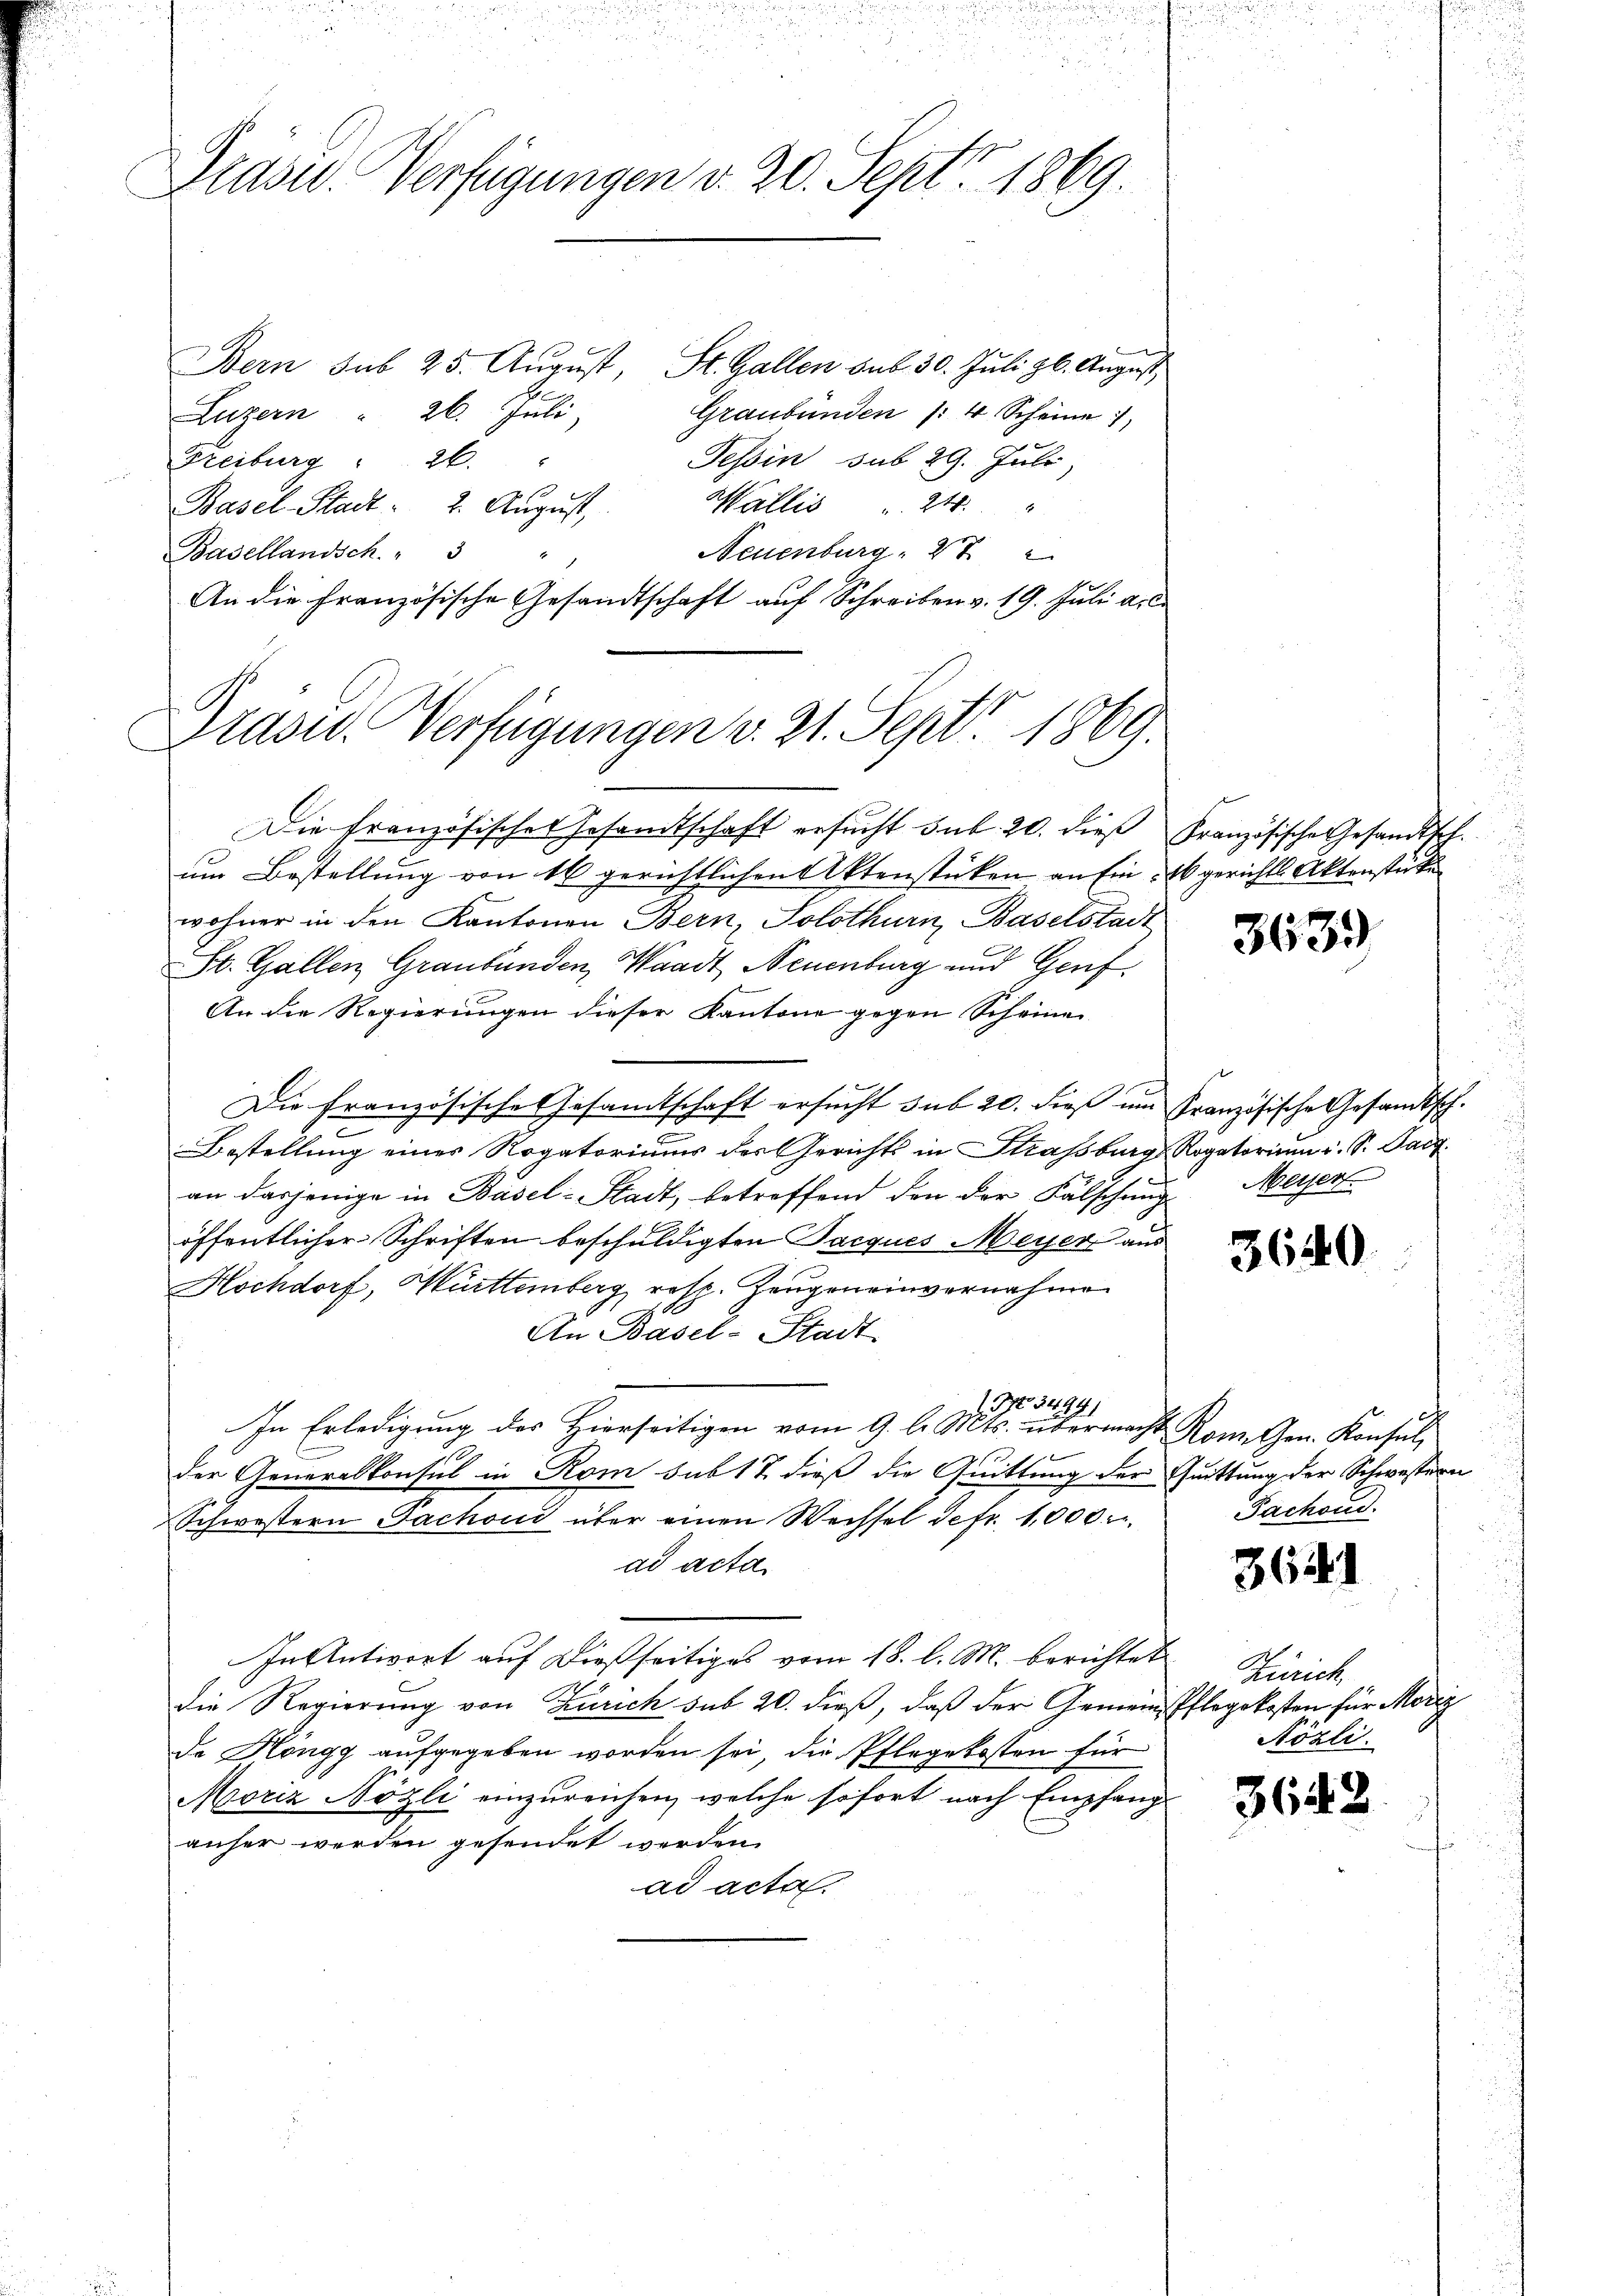
Präsid. Verfügungen v. 20. Sept 1869

Bern sub 25. August, St. Gallen sub 30. Juli zb. August
Luzern " 26. Juli.
Graubünden /: 4 Scheine
Tessin sub 29. Juli,
Freiburg  26.
Wallis . 24 "
Basel-Stadt: 2. August,
Neuenburg, 272
Basellandsch. " 3
An die Französische Gesandtschaft auf Schreiben v. 19. Juli a.

Präsid. Verfügungen v. 21. Sept. 1869.

Die französisches Gesandtschaft ersŭcht sub. 20. dieß Französische Gesandtsch.
um Bestellung von 16 gerichtlichen Aktenstücken an Ein gerichts Aktenstücke
wohner in den Kantonen Bern, Solothurn, Baselstadt
St. Gallen Graubünden, Waadt, Neuenburg und Genf
An die Regierungen dieser Kantone gegen Scheine
Die französische Gesamtschaft ersucht sub 20. dieß um Französische Gesandtsch.
.
Bestellung eines Rogatoriums der Gerichts in Strassburg Rogatoriŭm u. S. Pact.
an dasjenige in Basel-Stadt, betreffend den der Falschung. Meier
öffentlicher Schriften beschuldigten Jacques Meyer aus
Hochdorf, Württemberg, resp. Zeugen einvernahmen
An Basel-Stadt
. No. 34291
In Erledigung der Hierseitigen vom 9. l. Mts. übermacht Rom. Gen. Konsul,
der Generalkonsul in Rom sub 17 dieß die Quittung der Quittung der Schwestern
Schwestern Fachoud über einen Wechsel defr. 1000
ad acta
In Antwort auf dießseitiges vom 18. l. M. berichtet
die Regierung von Zürich sub 20. dieß, daß der Gemeindspflegekosten für Morig
de Höngg aufgegeben worden sei, die Pflegekosten für
Moriz Nözli einzureichen, welche sofort nach Empfang
anher werden gesendet werden.
ad acta.

3639

3640

Fachoud.

3641

Zürich.
Nözli.

3642